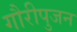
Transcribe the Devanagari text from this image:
गौरीपुजन